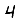
Digit: 4